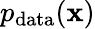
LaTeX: p_{\mathrm{data}}(\mathbf{x})